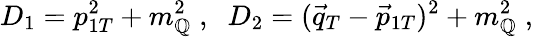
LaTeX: D_{1}=p_{1T}^{2}+m_{\mathbb{Q}}^{2}\; ,\; \; D_{2}=(\vec{{q}}_{T}-\vec{{p}}_{1T})^{2}+m_{\mathbb{Q}}^{2}\; ,